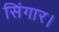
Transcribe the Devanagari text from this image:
सिंगार।